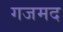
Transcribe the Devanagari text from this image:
गजमद